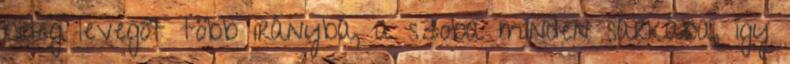
hideg levegőt több irányba, a szoba minden sarkába, így